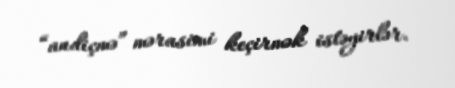
“andiçmə” mərasimi keçirmək istəyirlər.